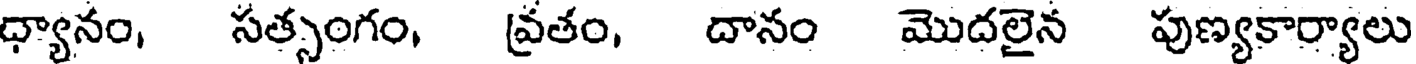
ధ్యానం, సత్సంగం, వ్రతం, దానం మొదలైన పుణ్యకార్యాలు